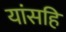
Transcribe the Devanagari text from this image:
यांसहि